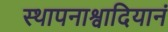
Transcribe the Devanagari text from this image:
स्थापनाश्वादियानं